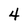
Character: 4